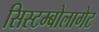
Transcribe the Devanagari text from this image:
सिस्टम्बोलागेट